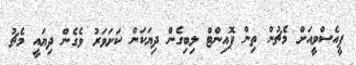
ޕީއެސްވީއަށް މެޗުން ތިން ޕޮއިންޓް ލިބިގެން ދިޔަކަން ކަށަވަރު ވެގެން ދިޔައީ މެޗު